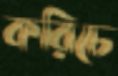
করিচে